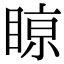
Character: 𥈘